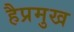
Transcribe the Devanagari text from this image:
हैप्रमुख